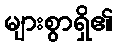
များစွာရှိ၏